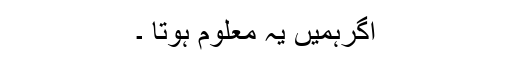
اگرہمیں یہ معلوم ہوتا ۔